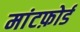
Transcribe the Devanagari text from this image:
मांटफ़ोर्ड